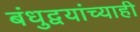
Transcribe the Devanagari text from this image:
बंधुद्वयांच्याही